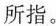
所指。